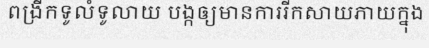
ពង្រីកទូលំទូលាយ បង្កឲ្យមានការរីកសាយភាយក្នុង